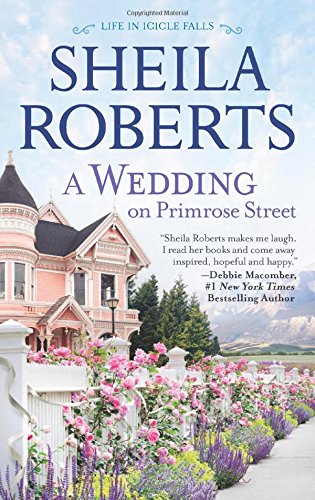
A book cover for A Wedding on Primrose Street (Life in Icicle Falls); Sheila Roberts; Romance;